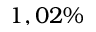
1 , 0 2 \%